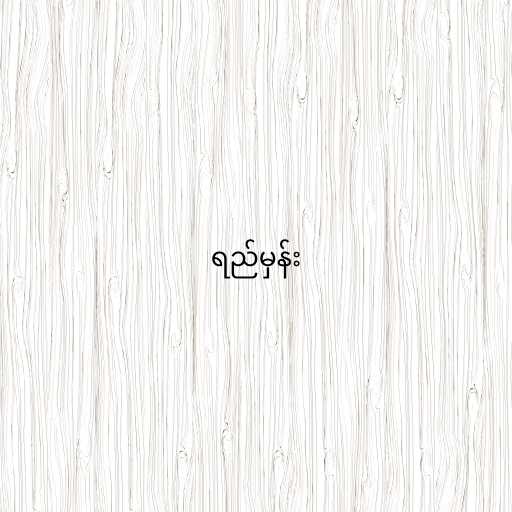
ရည်မှန်း